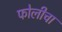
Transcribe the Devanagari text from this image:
फोलीचा